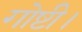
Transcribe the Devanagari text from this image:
गोष्टी।